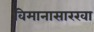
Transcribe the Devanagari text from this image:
विमानासारखा